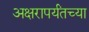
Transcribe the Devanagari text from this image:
अक्षरापर्यंतच्या